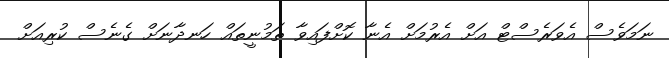
ނަމަވެސް އެވަރެސްޓް އަށް އެރުމަށް އެނާ ކޮށްފައިވާ ތަމުނީތައް ހަނދާނަށް ގެނެސް ކުރިއަށް